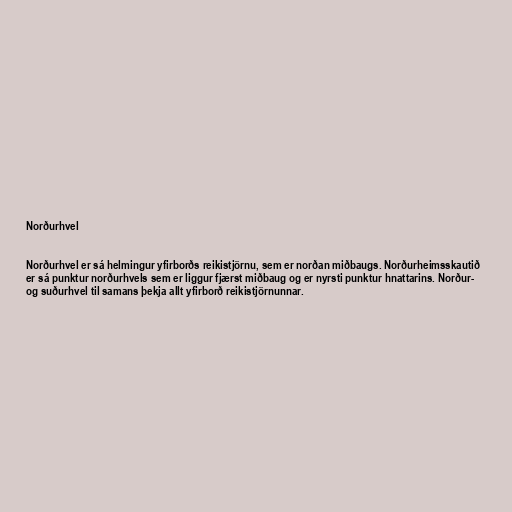
Norðurhvel

Norðurhvel er sá helmingur yfirborðs reikistjörnu, sem er norðan miðbaugs. Norðurheimsskautið
er sá punktur norðurhvels sem er liggur fjærst miðbaug og er nyrsti punktur hnattarins. Norður-
og suðurhvel til samans þekja allt yfirborð reikistjörnunnar.